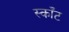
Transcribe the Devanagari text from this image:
स्काँट